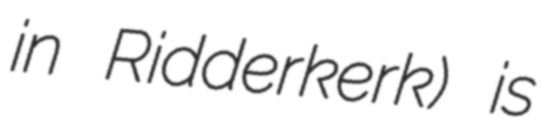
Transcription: in Ridderkerk) is